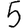
Digit: 5